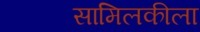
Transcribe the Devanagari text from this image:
सामिलकीला